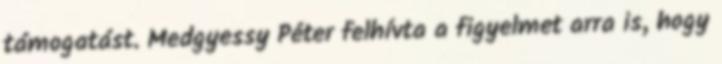
támogatást. Medgyessy Péter felhívta a figyelmet arra is, hogy